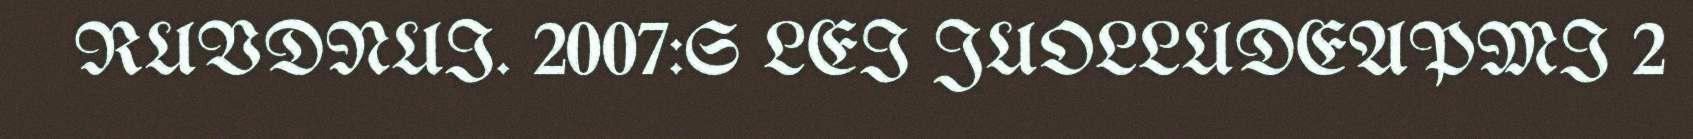
RUVDNUI. 2007:S LEI JUOLLUDEAPMI 2